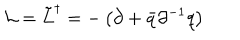
{ \cal L } = \tilde { L } ^ { \dagger } = - \left( \partial + \bar { q } \partial ^ { - 1 } q \right)